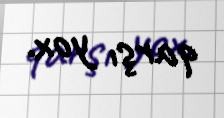
qarşı yox.